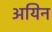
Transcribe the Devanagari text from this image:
अयिन